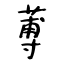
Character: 蒪